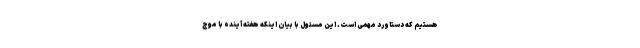
هستیم که دستاورد مهمی است. این مسئول با بیان اینکه هفته آینده با موج